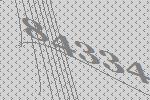
84334